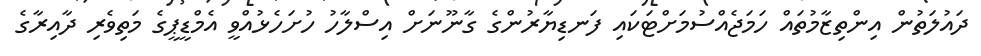
ދައުލަތުން އިންތިޒާމުތައް ހަމަޖެއްސުމަށްޓަކައި ފަނޑިޔާރުންގެ ގާނޫނަށް އިސްލާހު ހުށަހެޅުއްވީ އެމްޑީޕީގެ މަތިވެރި ދާއިރާގެ